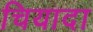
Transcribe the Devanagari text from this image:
चियादा